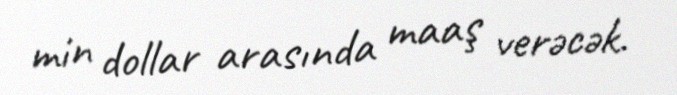
min dollar arasında maaş verəcək.